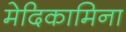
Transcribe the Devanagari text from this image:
मेदिकामिना